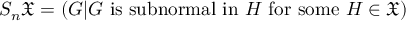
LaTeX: S _ { n } { \mathfrak { X } } = ( G | G { \mathrm { ~ i s ~ s u b n o r m a l ~ i n ~ } } H { \mathrm { ~ f o r ~ s o m e ~ } } H \in { \mathfrak { X } } )